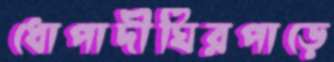
ধোপাদীঘিরপাড়ে